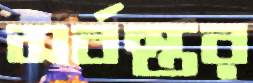
সর্বস্তর